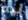
بيه